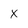
Character: x